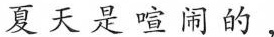
夏天是喧闹的，